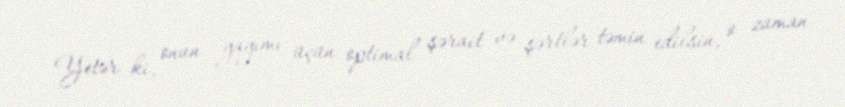
Yetər ki, onun yayımı üçün optimal şərait və şərtlər təmin edilsin, o zaman